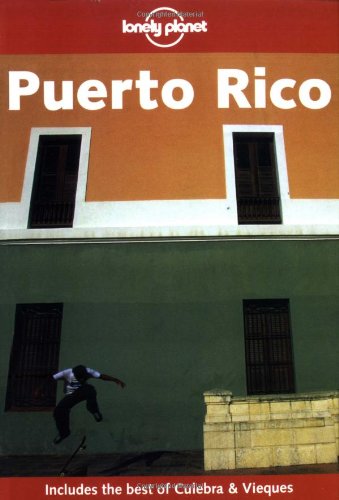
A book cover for Lonely Planet Puerto Rico; Randall S. Peffer; Travel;